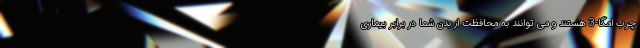
چرب امگا-3 هستند و می توانند به محافظت از بدن شما در برابر بیماری